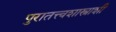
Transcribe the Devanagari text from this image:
पुरातत्त्वशास्त्राशी